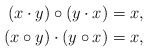
\begin{align*}(x\cdot y)\circ(y\cdot x)=x,\\(x\circ y)\cdot(y\circ x)=x,\end{align*}